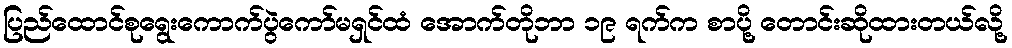
ပြည်ထောင်စုရွေးကောက်ပွဲကော်မရှင်ထံ အောက်တိုဘာ ၁၉ ရက်က စာပို့ တောင်းဆိုထားတယ်လို့